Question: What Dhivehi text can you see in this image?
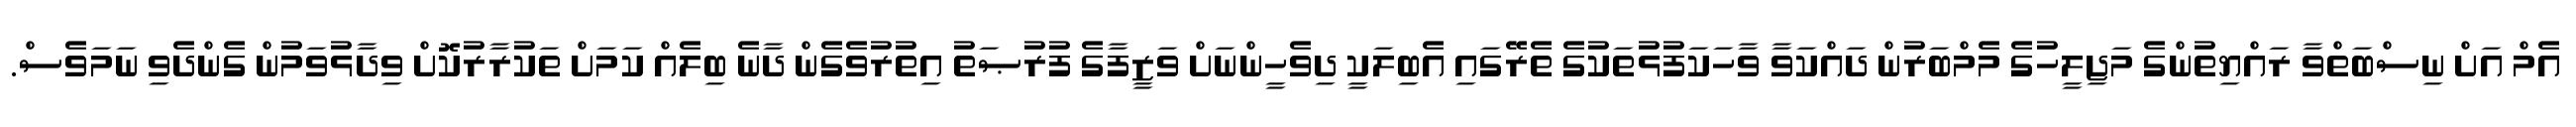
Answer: އެމް އަށް ނިސްބަތްވާ ރައްޔިތުންގެ މަޖިލީހުގެ މެމްބަރުން ދައްކަވާ ވާހަކަފުޅުތަކުގެ ތެރޭގައި އެބިލަކީ ދިވެހީންނަށް ވަޒީފާގެ ފުރުޞަތު އިތުރުވެގެން ދާނެ ބިލެއް ކަމަށް ތަކުރާރުކޮށް ވިދާޅުވަމުން ގެންދެވި ނަމަވެސް.